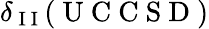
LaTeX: \delta_{\mathrm{~I~I~}}(\mathrm{~U~C~C~S~D~})